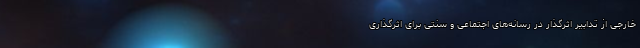
خارجی از تدابیر اثرگذار در رسانه‌های اجتماعی و سنتی برای اثرگذاری